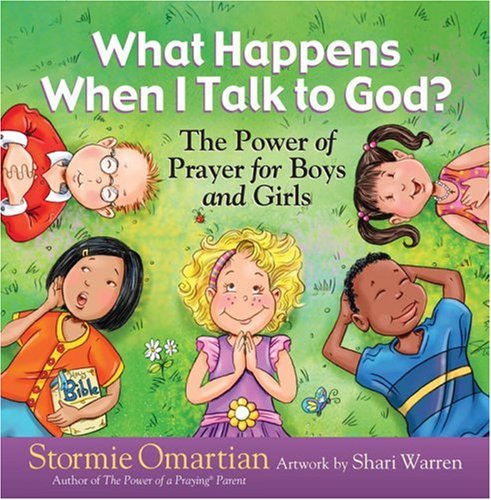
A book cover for What Happens When I Talk to God?: The Power of Prayer for Boys and Girls; Stormie Omartian; Christian Books & Bibles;